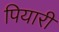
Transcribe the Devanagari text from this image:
पियारी